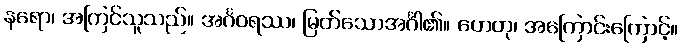
နရော၊ အကြင်သူသည်။ အင်္ဂဝရဿ၊ မြတ်သောအင်္ဂါ၏။ ဟေတု၊ အကြောင်းကြောင့်။